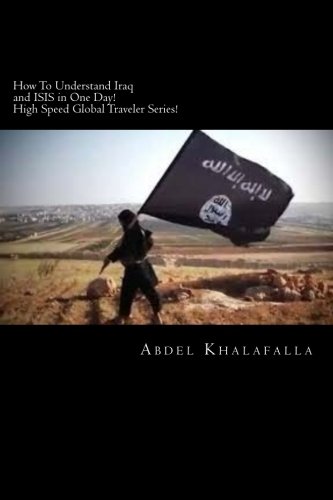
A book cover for How To Understand Iraq and ISIS in One Day! High Speed Global Traveler Series! (Volume 1); Abdel Khalafalla; Travel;